King Institute of Preventive Medicine Micro-Biological Section reports 1909-11
Year: 1909
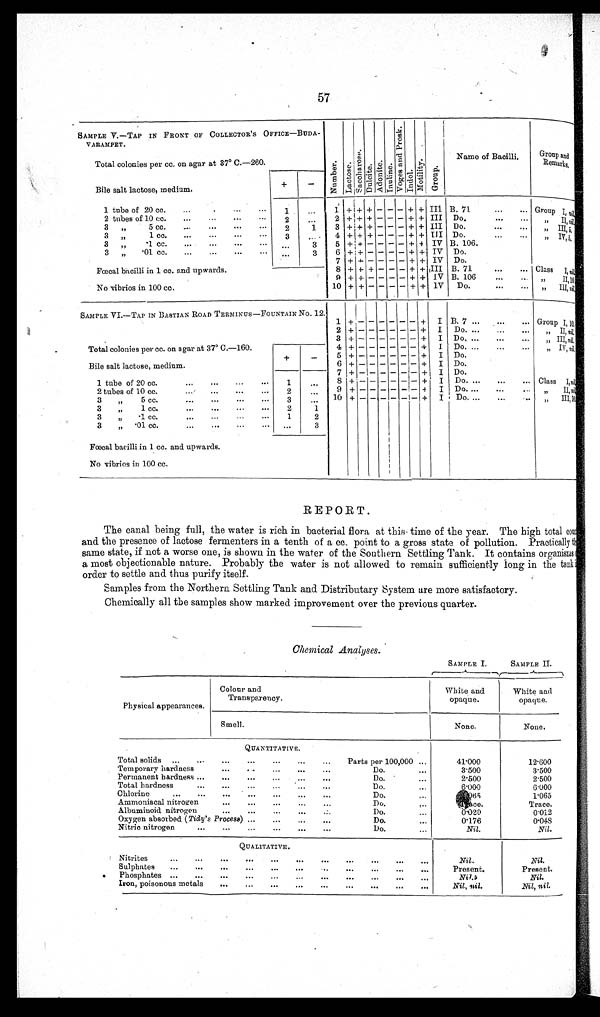
57
SAMPLE V.—TAP IN FRONT OF COLLECTOR'S OFFICE—BUDA-
VARAMPET.
Total colonies per cc. on agar at 37° C.—260.
Nu mb e r . L a c t o s e . S a c c h a r o s e . Du l c i t e . Ad o n i t e . I n u l i n e .
V o g e s a n d P r o s k .
I ndol .
Mo t i l i t y .
G r o u p .
Name of Bacilli.
Group and
Remarks.
Bile salt lactose, medium.
+
-
1 tube of 20 cc.
...
. . .
. . . . . . 1
. . . 1
+ + + - - - + + III B. 71
. . .
. . . Group I ,
n i l .
2 tubes of 10 cc.
... ...
. . . . . . 2
. . . 2 + + + - - - + + III Do.
. . .
. . . ,, I I ,ni l .
3
,,
5 cc. ...
... ...
...
2
1
3 + + + - - - + + III Do.
. . .
. . . ,,
I I , 5 .
3
,,
1 c c .
. . .
. . .
. . . . . . 3
. . . 4 + + + - - - + + III Do.
. . .
. . .
,, IV, 5.
3
,,
. 1 c c .
. . .
. . .
. . . . . .
. . .
3
5 +
+
- - - - + + IV B. 106.
3 „ . 0 1 c c .
...
. . .
. . . . . . ...
3
6 + + - - - - + +
I V Do.
7 + + - - - - ++ + IV Do.
Fœcal bacilli in 1 cc. and upwards.
8 + + + - - - + + III B. 71
...
. . . Class
I ,
n i l .
9 + + - - - - + + IV B. 106
. . .
. . .
„
I I , 1 0 .
No vibrios in 100 cc.
10 + + - - - - + + IV Do.
...
. . .
,,
I I I ,
n i l .
SAMPLE VI.—TAP IN BASTIAN ROAD TERMINUS—FOUNTAIN No. 12. 1
+ -
- - - - -
+ I B. 7 ... ... ... Group I, 10.
2 + - - - - - - + I Do. ... ... ... , , II, nil.
3 + - - - - - - + I Do. ... ...
... „ III, nil.
Total colonies per cc. on agar at 37° C.—160.
+
-
4 + - - - - - - + I Do. ...
...
... „ IV,n i l .
5 + - - - - - - + I Do.
Bile salt lactose, medium.
6 + - - - - - - + I Do.
7 + - - - - - - + I Do.
1 tube of 20 cc.
. . .
. . .
. . . . . .
1 . . .
8 + - - - - - - + I Do. ... ... ... Class I, ni l .
2 tubes of 10 cc.
. . .
. . . . . .
. . .
2
. . .
9 + - - - - - - + I Do. ...
. . .
. . . , , II, n i l .
3
, ,
5 c c .
. . .
. . . . . .
. . . 3
. . . 10 + - - - - - - + I Do. ...
. . .
. . . „ III, n i l .
3 „
1 cc.
. . .
. . . . . .
. . . 2
1
3 „
. 1 c c .
. . .
. . . . . .
. . .
1
2
3 „
. 0 1 c c .
...
. . .
. . . ... ...
3
Fœcal bacilli in 1 cc. and upwards.
No vibrios in 100 cc.
REPORT.
The canal being full, the water is rich in bacterial flora at this time of the year. The high total co
u < i l l e g i b l e > a n d t h e p r e s e n c e o f l a c t o s e f e r m e n t e r s i n a t e n t h o f a c c . p o i n t t o a g r o s s s t a t e o f p o l l u t i o n . P r a c t i c a l l y
t h e s a m e s t a t e , i f n o t a w o r s e o n e , i s s h o w n i n t h e w a t e r o f t h e S o u t h e r n S e t t l i n g T a n k . I t c o n t a i n s o r g a n i s m s o f
a most objectionable nature. Probably the water is not allowed to remain sufficiently long in the tank it
order to settle and thus purify itself.
Samples from the Northern Settling Tank and Distributary System are more satisfactory.
Chemically all the samples show marked improvement over the previous quarter.
Chemical Analyses.
SAMPLE I.
SAMPLE II.
Physical appearances.
Colour and
Transparency.
White and
opaque.
White and
opaque.
Smell.
None.
None.
QUANTITATIVE.
Total solids ...
. . .
. . .
. . .
. . .
...
... Parts per 100,000 ...
41.000
12.600
Temporary hardness
. . .
. . . ...
. . .
. . .
Do.
...
3.500
3.500
Permanent hardness ...
. . .
. . .
. . .
...
. . .
Do.
...
2.500
2.500
Total hardness
...
. . .
. . .
...
. . . ...
Do.
...
6.000
6.000
Chlorine
... ... ...
. . . ... ... ...
Do.
...
1 . 0 6 5
1.065
Ammoniacal nitrogen
. . .
. . .
. . .
...
...
Do.
. . .
Trace.
Trace.
Albuminoid nitrogen
. . .
. . .
. . .
. . .
. . .
Do.
...
0.020
0.012
Oxygen absorbed (Tidy's Process) ...
. . .
. . .
. . .
Do.
...
0.176
0.048
Nitric nitrogen
. . .
. . .
. . .
. . . ...
. . .
Do.
...
Nil.
Nil.
QUALITATIVE.
Nitrites
...
. . .
. . .
. . .
. . .
. . .
. . .
. . .
. . .
. . .
. . .
Nil.
Nil.
Sulphates ...
. . .
. . .
. . .
. . .
. . .
. . .
. . .
. . .
. . .
. . .
Present.
Present.
Phosphates ...
. . .
. . .
. . .
. . . . . .
. . .
. . .
. . .
. . .
. . .
Nil.
Nil.
Iron, poisonous metals ...
. . .
. . .
. . . . . .
. . . . . .
. . .
. . . Nil, nil.
Nil, nil.